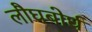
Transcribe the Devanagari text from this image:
लौघबोर्घ